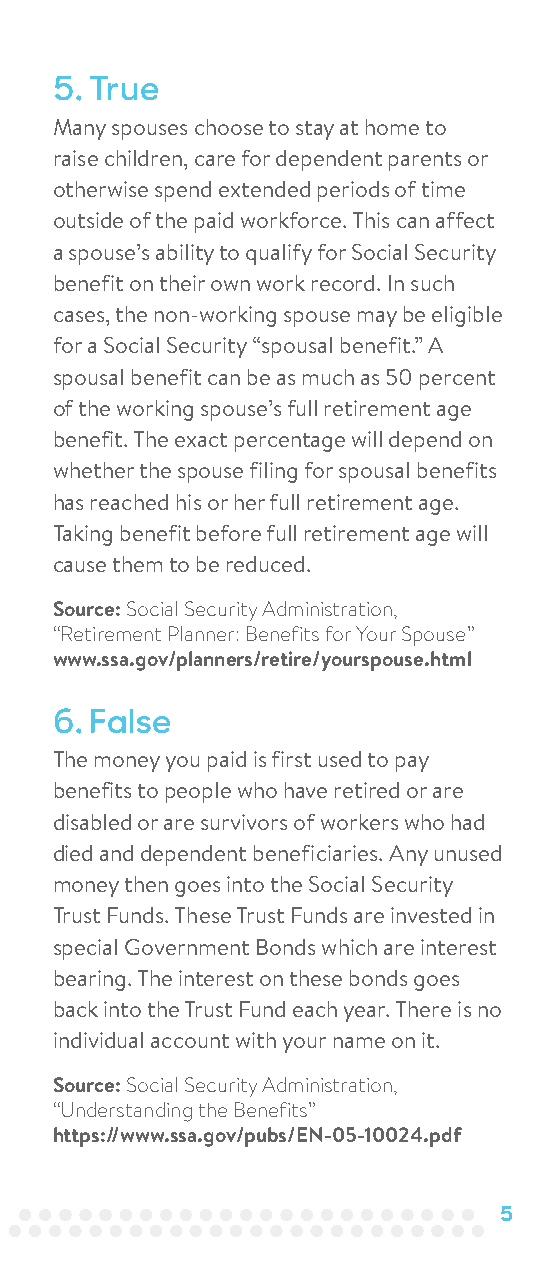
5. True
 Many spouses choose to stay at home to
 raise children, care for dependent parents or
 otherwise spend extended periods of time
 outside of the paid workforce. This can affect
 a spouse’s ability to qualify for Social Security
 benefit on their own work record. In such
 cases, the non-working spouse may be eligible
 for a Social Security “spousal benefit.” A
 spousal benefit can be as much as 50 percent
 of the working spouse’s full retirement age
 benefit. The exact percentage will depend on
 whether the spouse filing for spousal benefits
 has reached his or her full retirement age.
 Taking benefit before full retirement age will
 cause them to be reduced.
 Source: Social Security Administration,
 “Retirement Planner: Benefits for Your Spouse”
 www.ssa.gov/planners/retire/yourspouse.html
 6. False
 The money you paid is first used to pay
 benefits to people who have retired or are
 disabled or are survivors of workers who had
 died and dependent beneficiaries. Any unused
 money then goes into the Social Security
 Trust Funds. These Trust Funds are invested in
 special Government Bonds which are interest
 bearing. The interest on these bonds goes
 back into the Trust Fund each year. There is no
 individual account with your name on it.
 Source: Social Security Administration,
 “Understanding the Benefits”
 https://www.ssa.gov/pubs/EN-05-10024.pdf
 5